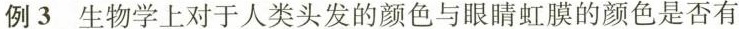
例3生物学上对于人类头发的颜色与眼睛虹膜的颜色是否有